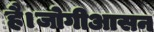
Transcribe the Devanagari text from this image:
है।जोगीआसन